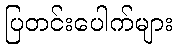
ပြတင်းပေါက်များ